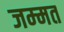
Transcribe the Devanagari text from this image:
जम्‍मत